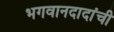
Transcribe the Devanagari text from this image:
भगवानदादांची